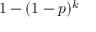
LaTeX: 1 - ( 1 - p ) ^ { k }